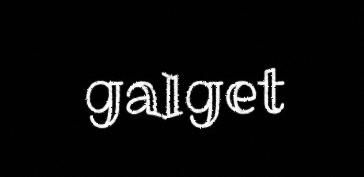
galget